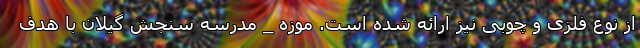
از نوع فلزی و چوبی نیز ارائه شده است. موزه _ مدرسه سنجش گیلان با هدف